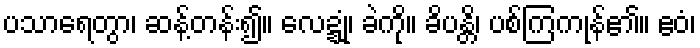
ပသာရေတွာ၊ ဆန့်တန်း၍။ လေဍ္ဍုံ၊ ခဲကို။ ခိပန္တိ၊ ပစ်ကြကုန်၏။ ဧဝံ၊